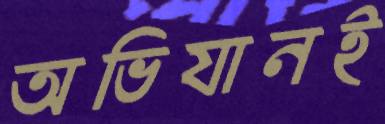
অভিযানই